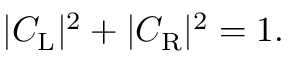
\begin{array} { r } { | C _ { \mathrm { L } } | ^ { 2 } + | C _ { \mathrm { R } } | ^ { 2 } = 1 . } \end{array}